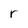
Character: r